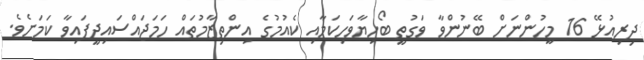
ދިރިއުޅޭ 16 މީހުންނަށް ބޭނުންވާ ވަގުތީ ބޯހިޔާވަހިކަމާއި ކެއުމުގެ އިންތިޒާމުތައް ހަމަޖައްސައިދީފައިވާ ކަމަށެވެ.